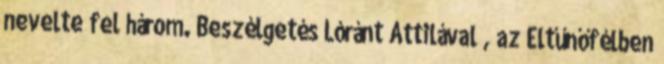
nevelte fel három. Beszélgetés Lóránt Attilával , az Eltűnőfélben